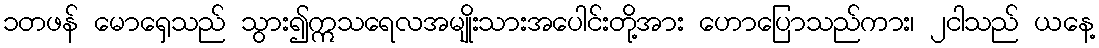
၁တဖန် မောရှေသည် သွား၍ဣသရေလအမျိုးသားအပေါင်းတို့အား ဟောပြောသည်ကား၊ ၂ငါသည် ယနေ့